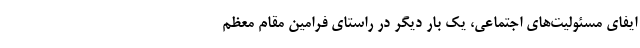
ایفای مسئولیت‌های اجتماعی، یک بار دیگر در راستای فرامین مقام معظم